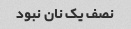
نصف یک نان نبود